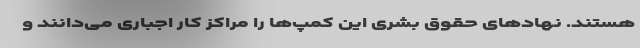
هستند. نهادهای حقوق بشری این کمپ‌ها را مراکز کار اجباری می‌دانند و